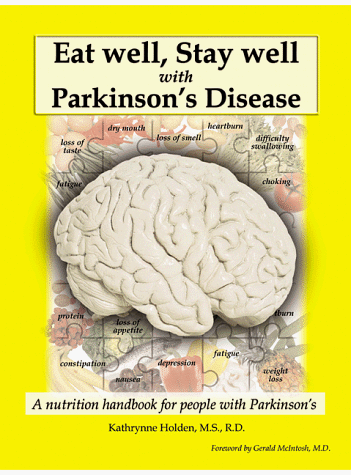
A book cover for Eat Well, Stay Well With Parkinson's disease; R.D.), Kathrynne Holden (M.S.; Health, Fitness & Dieting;